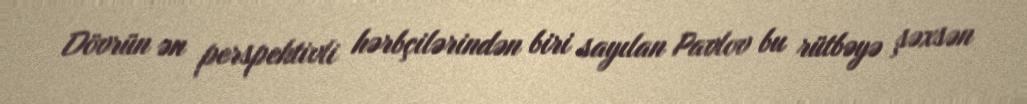
Dövrün ən perspektivli hərbçilərindən biri sayılan Pavlov bu rütbəyə şəxsən